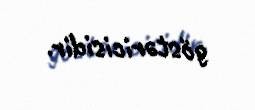
göstəricisidir.